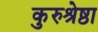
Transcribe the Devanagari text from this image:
कुरुश्रेष्ठा